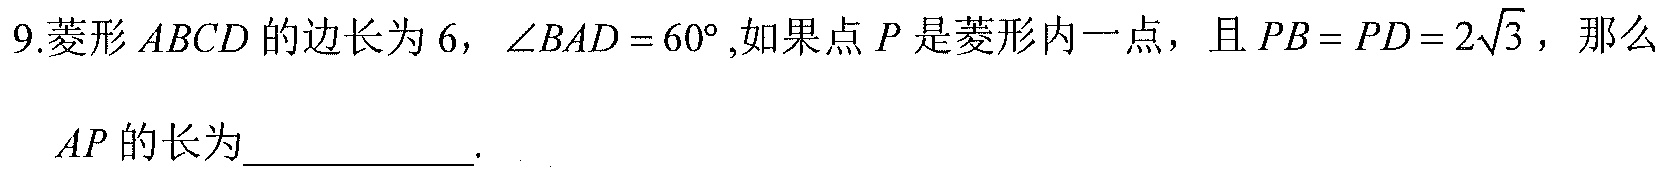
9.菱形\(ABCD\)的边长为\(6\)，\(\angle BAD = 60^{\circ}\),如果点\(P\)是菱形内一点，且\(PB = PD = 2\sqrt{3}\)，那么 \(AP\)的长为___________.